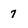
Character: 7